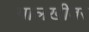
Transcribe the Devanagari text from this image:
पालखीवर